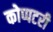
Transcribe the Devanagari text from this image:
कोप्पटरी